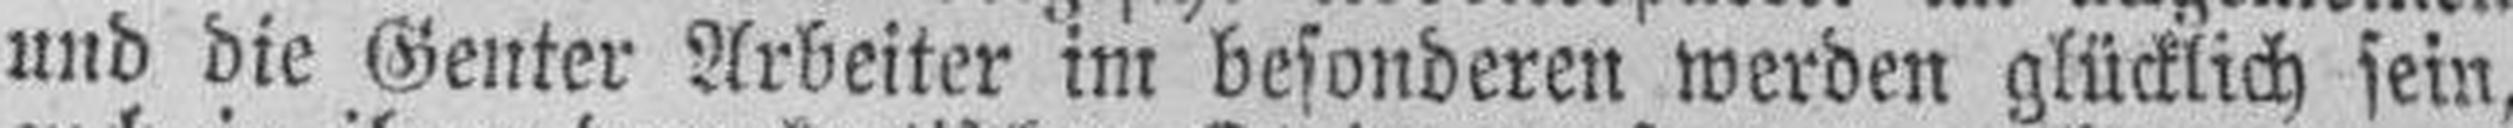
und die Genter Arbeiter im besonderen werden glücklich sein,